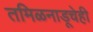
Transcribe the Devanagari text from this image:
तमिळनाडूचेही